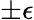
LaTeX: \pm\epsilon